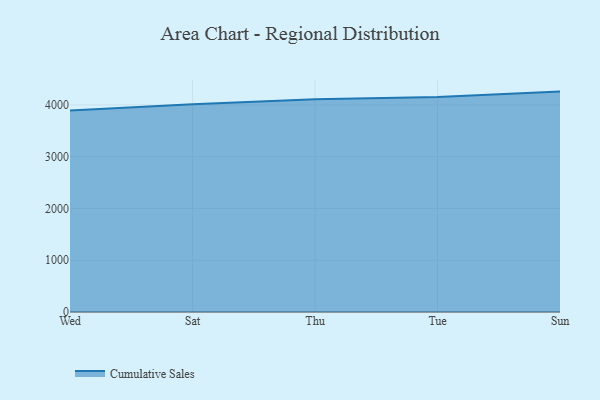
{"axis": {"x": "Day", "y": "Tickets Resolved"}, "legend": ["Cumulative Sales"], "data": [{"x": "Wed", "y": 3892.0, "type": "Cumulative Sales"}, {"x": "Sat", "y": 4010.8, "type": "Cumulative Sales"}, {"x": "Thu", "y": 4107.2, "type": "Cumulative Sales"}, {"x": "Tue", "y": 4152.7, "type": "Cumulative Sales"}, {"x": "Sun", "y": 4257.0, "type": "Cumulative Sales"}]}